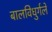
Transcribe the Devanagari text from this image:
बालविधुर्गले